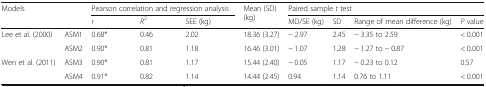
<table><thead><tr><td rowspan="2" colspan="2"><b>Models</b></td><td colspan="3"><b>Pearson correlation and regression analysis</b></td><td rowspan="2"><b>Mean (SD) (kg)</b></td><td colspan="4"><b>Paired sample <i>t</i> test</b></td></tr><tr><td><b><i>r</i></b></td><td><b><i>R</i><sup>2</sup></b></td><td><b>SEE (kg)</b></td><td><b>MD/SE (kg)</b></td><td><b>SD</b></td><td><b>Range of mean difference (kg)</b></td><td><b><i>P</i> value</b></td></tr></thead><tbody><tr><td rowspan="2">Lee et al. (2000)</td><td>ASM1</td><td>0.68*</td><td>0.46</td><td>2.02</td><td>18.36 (3.27)</td><td>− 2.97</td><td>2.45</td><td>− 3.35 to 2.59</td><td>&lt; 0.001</td></tr><tr><td>ASM2</td><td>0.90*</td><td>0.81</td><td>1.18</td><td>16.46 (3.01)</td><td>− 1.07</td><td>1.28</td><td>− 1.27 to − 0.87</td><td>&lt; 0.001</td></tr><tr><td rowspan="2">Wen et al. (2011)</td><td>ASM3</td><td>0.90*</td><td>0.81</td><td>1.17</td><td>15.44 (2.40)</td><td>− 0.05</td><td>1.17</td><td>− 0.23 to 0.12</td><td>0.57</td></tr><tr><td>ASM4</td><td>0.91*</td><td>0.82</td><td>1.14</td><td>14.44 (2.45)</td><td>0.94</td><td>1.14</td><td>0.76 to 1.11</td><td>&lt; 0.001</td></tr></tbody></table>